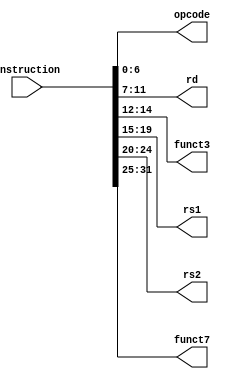
`timescale 1ns / 1ps
//////////////////////////////////////////////////////////////////////////////////
// Company: 
// Engineer: 
// 
// Design Name: 
// Module Name: Instruction_Parser_R
// Project Name: 
// Target Devices: 
// Tool Versions: 
// Description: 
// 
// Dependencies: 
// 
// Revision:
// Revision 0.01 - File Created
// Additional Comments:
// 
//////////////////////////////////////////////////////////////////////////////////


module Instruction_Parser(
input [31:0] instruction,
output [6:0] opcode,
output [4:0] rd,
output [2:0] funct3,
output [4:0] rs1,
output [4:0] rs2,
output [6:0] funct7
    );
assign opcode = instruction[6:0]; // first 7 bits are opcode
assign rd = instruction[11:7]; // 5 bits destination
assign funct3 = instruction[14:12]; // 3 bits opcode ext.
assign rs1 = instruction[19:15]; // 5 bits
assign rs2 = instruction[24: 20]; // 5 bits
assign funct7 = instruction[31:25]; // 7 bits opcode ext.
endmodule